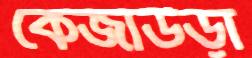
কেজাউড়া